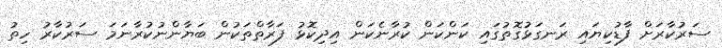
ސަރުކާރަށް ފާޑުކިޔައި ރަނގަޅުގޮތުގައި ކަންކަން ކުރާނެކަން އިދިކޮޅު ފަރާތްތަކުން ބަޔާންނުކުރާނަމަ ސަރުކާރު ހިތު